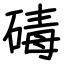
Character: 碡